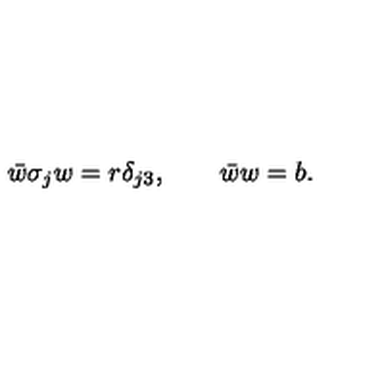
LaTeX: \bar { w } \sigma _ { j } w = r \delta _ { j 3 } , \qquad \bar { w } w = b .